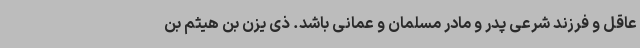
عاقل و فرزند شرعی پدر و مادر مسلمان و عمانی باشد. ذی یزن بن هیثم بن